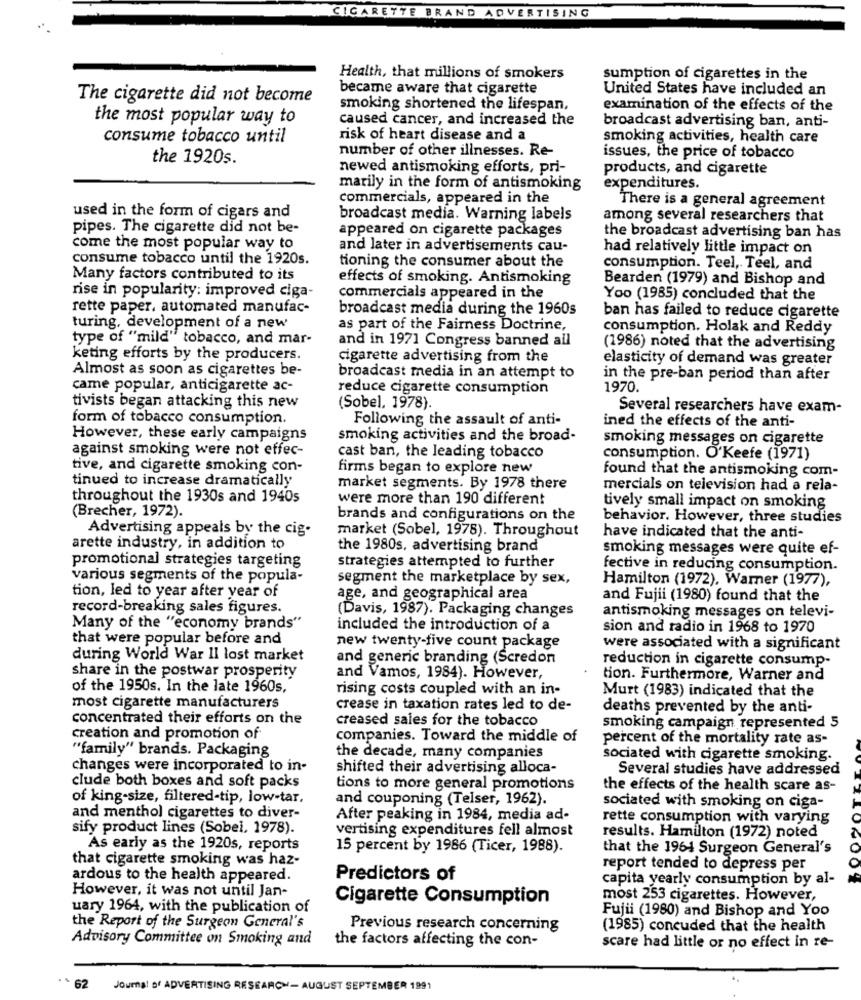
CIGARETTE BRAND ADVERTISING
Health, that millions of smokers
sumption of cigarettes in the
became aware that cigarette
United States have included an
The cigarette did not become
smoking shortened the lifespan,
examination of the effects of the
the most popular way to
caused cancer, and increased the
broadcast advertising ban, anti-
consume tobacco until
risk of heart disease and a
smoking activities, health care
number of other illnesses. Re-
the 1920s.
issues, the price of tobacco
newed antismoking efforts, pri-
products, and cigarette
marily in the form of antismoking
expenditures.
commercials, appeared in the
There is a general agreement
used in the form of cigars and
broadcast media. Warning labels
among several researchers that
pipes. The cigarette did not be-
appeared on cigarette packages
the broadcast advertising ban has
come the most popular way to
and later in advertisements cau-
had relatively little impact on
consume tobacco until the 1920s.
tioning the consumer about the
consumption. Teel, Teel, and
Many factors contributed to its
effects of smoking. Antismoking
Bearden (1979) and Bishop and
rise in popularity: improved ciga-
commercials appeared in the
Yoo (1985) concluded that the
rette paper, automated manufac-
broadcast media during the 1960s
ban has failed to reduce cigarette
turing, development of a new
as part of the Fairness Doctrine,
consumption. Holak and Reddy
type of "mild" tobacco, and mar-
and in 1971 Congress banned all
(1986) noted that the advertising
keting efforts by the producers.
cigarette advertising from the
elasticity of demand was greater
Almost as soon as cigarettes be-
broadcast media in an attempt to
in the pre-ban period than after
came popular, anticigarette ac-
reduce cigarette consumption
1970.
tivists began attacking this new
(Sobel, 1978).
Several researchers have exam-
form of tobacco consumption.
Following the assault of anti-
ined the effects of the anti-
However, these early campaigns
smoking activities and the broad-
smoking messages on cigarette
against smoking were not effec-
cast ban, the leading tobacco
consumption. O'Keefe (1971)
tive, and cigarette smoking con-
firms began to explore new
found that the antismoking com-
tinued to increase dramatically
market segments. By 1978 there
mercials on television had a rela-
throughout the 1930s and 1940s
were more than 190 different
(Brecher, 1972).
tively small impact on smoking
brands and configurations on the
behavior. However, three studies
Advertising appeals by the cig-
market (Sobel, 1978). Throughout
have indicated that the anti-
arette industry, in addition to
the 1980s, advertising brand
smoking messages were quite ef-
promotional strategies targeting
strategies attempted to further
fective in reducing consumption.
various segments of the popula-
segment the marketplace by sex,
Hamilton (1972), Warner (1977),
tion, led to year after year of
age, and geographical area
and Fujii (1980) found that the
record-breaking sales figures.
(Davis, 1987). Packaging changes
antismoking messages on televi-
Many of the "economy brands"
included the introduction of a
sion and radio in 1968 to 1970
that were popular before and
new twenty-five count package
were associated with a significant
during World War II lost market
and generic branding (Scredon
reduction in cigarette consump-
share in the postwar prosperity
and Vamos, 1984). However,
tion. Furthermore, Warner and
of the 1950s. In the late 1960s,
rising costs coupled with an in-
Murt (1983) indicated that the
most cigarette manufacturers
crease in taxation rates led to de-
deaths prevented by the anti-
concentrated their efforts on the
creased sales for the tobacco
smoking campaign represented 5
creation and promotion of
companies. Toward the middle of
percent of the mortality rate as-
"family" brands. Packaging
the decade, many companies
sociated with cigarette smoking.
changes were incorporated to in-
shifted their advertising alloca-
Several studies have addressed
clude both boxes and soft packs
tions to more general promotions
the effects of the health scare as-
of king-size, filtered-tip, low-tar,
and couponing (Telser, 1962).
sociated with smoking on ciga-
and menthol cigarettes to diver-
After peaking in 1984, media ad-
rette consumption with varying
sify product lines (Sobel, 1978).
vertising expenditures fell almost
results. Hamilton (1972) noted
As early as the 1920s, reports
15 percent by 1986 (Ticer, 1988).
that the 1964 Surgeon General's
that cigarette smoking was haz-
report tended to depress per
ardous to the health appeared.
Predictors of
capita yearly consumption by al-
However, it was not until Jan-
Cigarette Consumption
most 253 cigarettes. However,
uary 1964, with the publication of
Fujii (1980) and Bishop and Yoo
the Report of the Surgeon General's
Previous research concerning
(1985) concuded that the health
Advisory Committee on Smoking and
the factors affecting the con-
scare had little or no effect in re-
· 62
Journal of ADVERTISING RESEARCH - AUGUST SEPTEMBER 1991